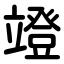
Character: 竳